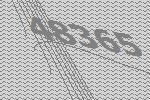
48365